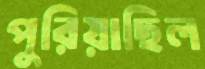
পুরিয়াছিল